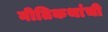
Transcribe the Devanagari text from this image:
नीतिकथांची